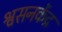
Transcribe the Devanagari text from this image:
श्वसनकेंद्र